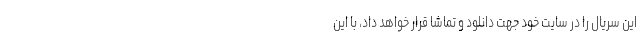
این سریال را در سایت خود جهت دانلود و تماشا قرار خواهد داد، با این